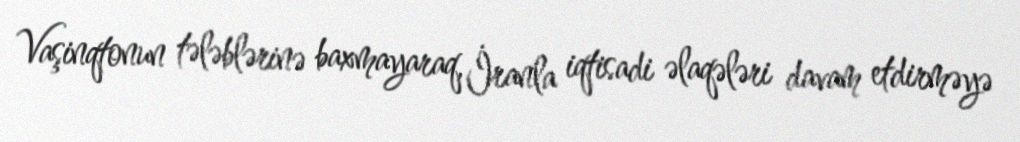
Vaşinqtonun tələblərinə baxmayaraq, İranla iqtisadi əlaqələri davam etdirməyə